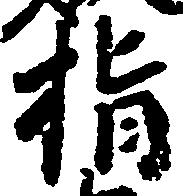
指